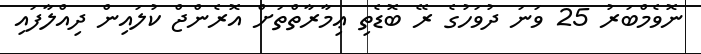
ނޮވެމްބަރު 25 ވަނަ ދުވަހުގެ ރޭ ބޮޑެތި ޢިމާރާތްތަށް އޮރެންޖް ކުލައިން ދިއްލާފައި